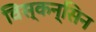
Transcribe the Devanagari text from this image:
विस्कन्सिन